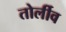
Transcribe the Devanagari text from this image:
तोर्लीव